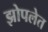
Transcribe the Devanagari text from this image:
झोपलेत